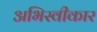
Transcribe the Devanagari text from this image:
अभिस्वीकार